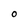
Character: o